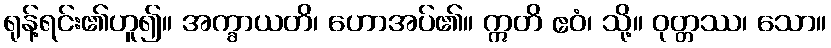
ရုန့်ရင်း၏ဟူ၍။ အက္ခာယတိ၊ ဟောအပ်၏။ ဣတိ ဧဝံ၊ သို့။ ဝုတ္တဿ၊ သော။